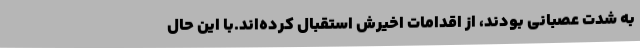
به شدت عصبانی بودند، از اقدامات اخیرش استقبال کرده‌اند.با این حال